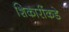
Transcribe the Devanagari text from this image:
शिकारींकडे